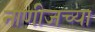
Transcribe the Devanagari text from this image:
नाणीजच्या